Leaving Certificate Examination (including Day School Certificate (Higher) General paper), 1937
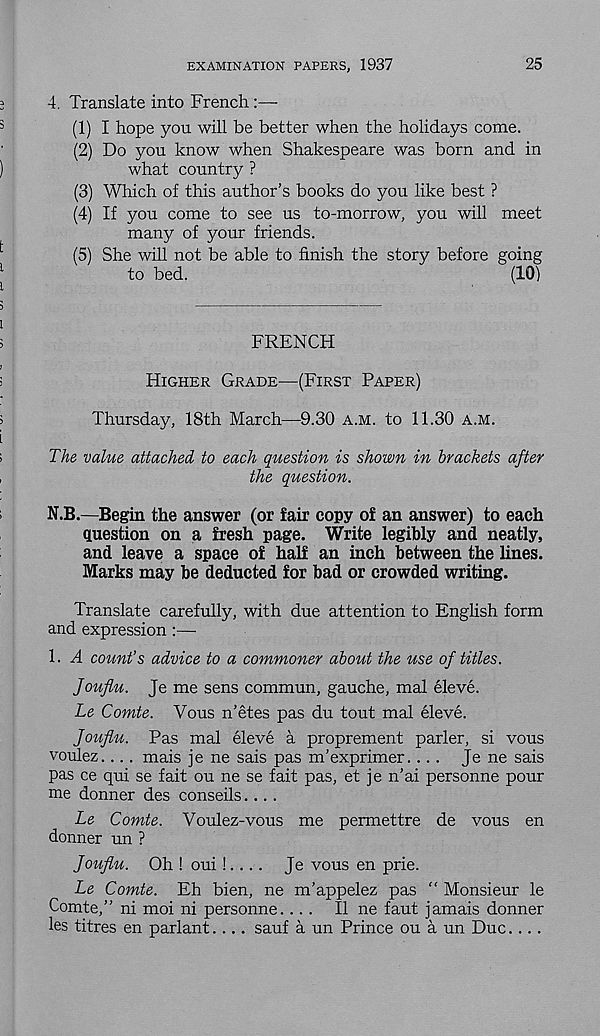
EXAMINATION PAPERS, 1937
25
4, Translate into French:—-
(1) I hope you will be better when the holidays come.
(2) Do you know when Shakespeare was born and in
what country ?
(3) Which of this author’s books do you like best ?
(4) If you come to see us to-morrow, you will meet
many of your friends.
(5) She will not be able to finish the story before going
to bed.
(10)
FRENCH
HIGHER GRADE—(FIRST PAPER)
Thursday, 18th March—9.30 A.M. to 11.30 A.M.
The value attached to each question is shown in brackets after
the question.
N.B.—Begin the answer (or fair copy of an answer) to each
question on a fresh page. Write legibly and neatly,
and leave a space of half an inch between the lines.
Marks may be deducted for bad or crowded writing.
Translate carefully, with due attention to English form
and expression:—
1. A count’s advice to a commoner about the use of titles,
fouflu. Je me sens commun, gauche, mal eleve.
Le Comte. Vous n’etes pas du tout mal eleve.
Jouflu. Pas mal eleve a proprement parler, si vous
voulez... . mais je ne sais pas m’exprimer.... Je ne sais
pas ce qui se fait ou ne se fait pas, et je n’ai personne pour
me donner des conseils....
Le Comte. Voulez-vous me permettre de vous en
donner un ?
fouflu. Oh ! oui!... . Je vous en prie.
Le Comte. Eh bien, ne m’appelez pas “ Monsieur le
Comte,” ni moi ni personne.... II ne faut jamais donner
les titres en parlant.... sauf a un Prince ou a un Due....